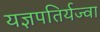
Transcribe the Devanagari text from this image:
यज्ञपतिर्यज्वा